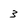
Character: 3